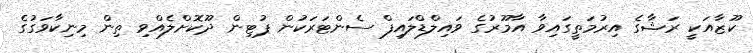
ކޫޒާއަކީ ރަޝާގެ އިރުމަތީގައިވާ އާމޫރުގެ ވައިލްޑްލައިފް ސެންޓަރަކުން ޕުޓިން ދޫކޮށްލެއްވި ތިން މިނިކާވަގުގެ